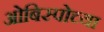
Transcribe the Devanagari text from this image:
ओबिस्पोच्या